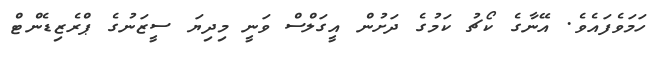
ހަމަވެފައެވެ. އޭނާގެ ކޯޗު ކަމުގެ ދަށުން އީގަލްސް ވަނީ މިދިޔަ ސީޒަނުގެ ޕްރެޒިޑެންޓް